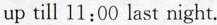
up till 11:00 last night.